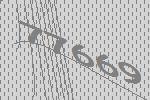
77669